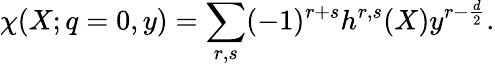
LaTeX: \chi(X;q=0,y)=\sum_{r,s}(-1)^{r+s}h^{r,s}(X)y^{r-\frac d2}.